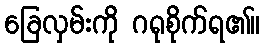
ခြေလှမ်းကို ဂရုစိုက်ရ၏။